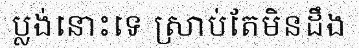
ប្លង់នោះទេ ស្រាប់តែមិនដឹង